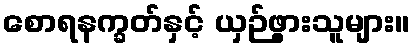
စောရနက္ခတ်နှင့် ယှဉ်ဖွားသူများ။